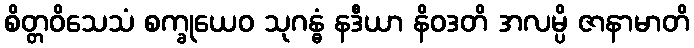
စိတ္တဝိသေသံ စက္ခုယေဝ သုဂန္ဓံ နဒီယာ နိဝဒတိ အလမ္ပိ ဇာနာမာတိ